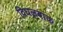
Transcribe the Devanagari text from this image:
दिघलबांक